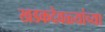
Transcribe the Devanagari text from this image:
खडकदेवळ्यांच्या